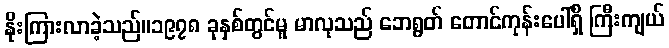
နိုးကြားလာခဲ့သည်။၁၉၇၈ ခုနှစ်တွင်မူ မာလုသည် ဘေရွတ် တောင်ကုန်းပေါ်ရှိ ကြီးကျယ်